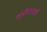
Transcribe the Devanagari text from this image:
शरीरातही